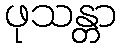
ဖုသန္တာ